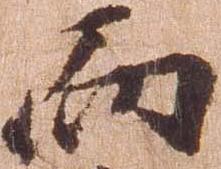
而